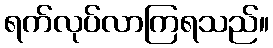
ရက်လုပ်လာကြရသည်။